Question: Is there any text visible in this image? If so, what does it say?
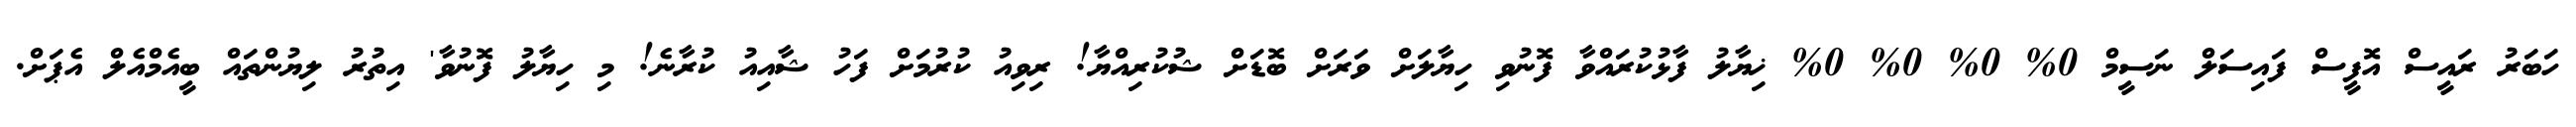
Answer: ހަބަރު ރައީސް އޮފީސް ފައިސަލް ނަސީމް 0% 0% 0% 0% ޚިޔާލު ފާޅުކުރައްވާ ފޮނުވި ހިޔާލަށް ވަރަށް ބޮޑަށް ޝުކުރިއްޔާ! ރިވިއު ކުރުމަށް ފަހު ޝާއިއު ކުރާނެ! މި ހިޔާލު ފޮނުވާ' އިތުރު ލިޔުންތައް ބީއެމްއެލް އެޕަށް.